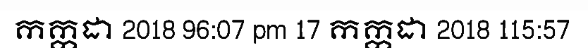
កក្កដា 2018 96:07 pm 17 កក្កដា 2018 115:57